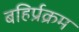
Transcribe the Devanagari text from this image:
बहिर्प्रक्रम